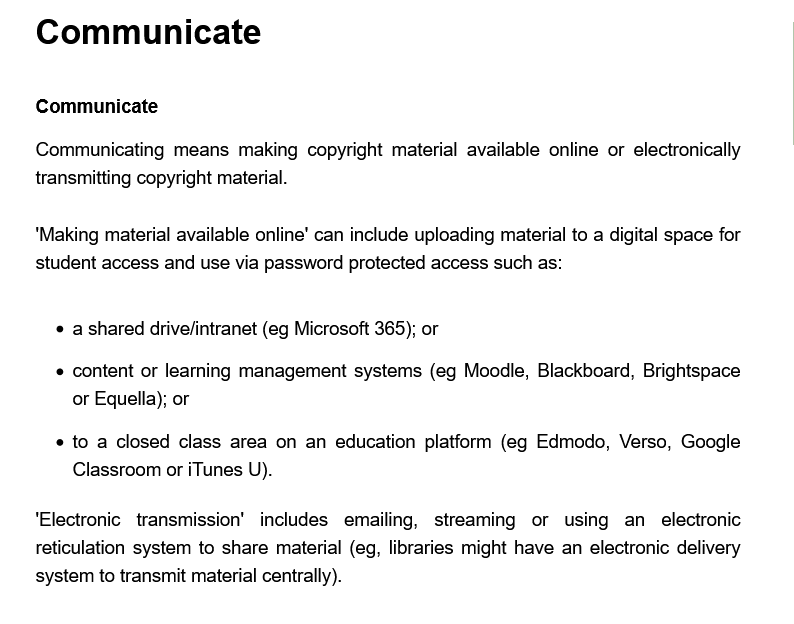
Communicate
    ‘Making material available online’ can include uploading material to a digital space for
    student access and use via password protected access such as:
     * a shared drive/intranet (eg Microsoft 365); or
     « to a closed class area on an education platform (eg Edmodo, Verso, Google
     Classroom  or iTunes U).
     « content or learning management systems (eg Moodle, Blackboard, Brightspace
     or Equella); or
    ‘Electronic transmission’ includes emailing, streaming or using an  electronic
    reticulation system to share material (eg, libraries might have an electronic delivery
    system to transmit material centrally).
    Communicate
    Communicating  means  making  copyright material available online or electronically
    transmitting copyright material.